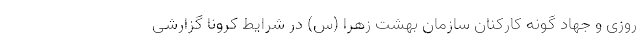
روزی و جهاد گونه کارکنان سازمان بهشت زهرا (س) در شرایط کرونا گزارشی